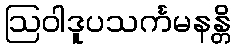
ဩဝါဒူပသင်္ကမနန္တိ